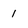
Character: I